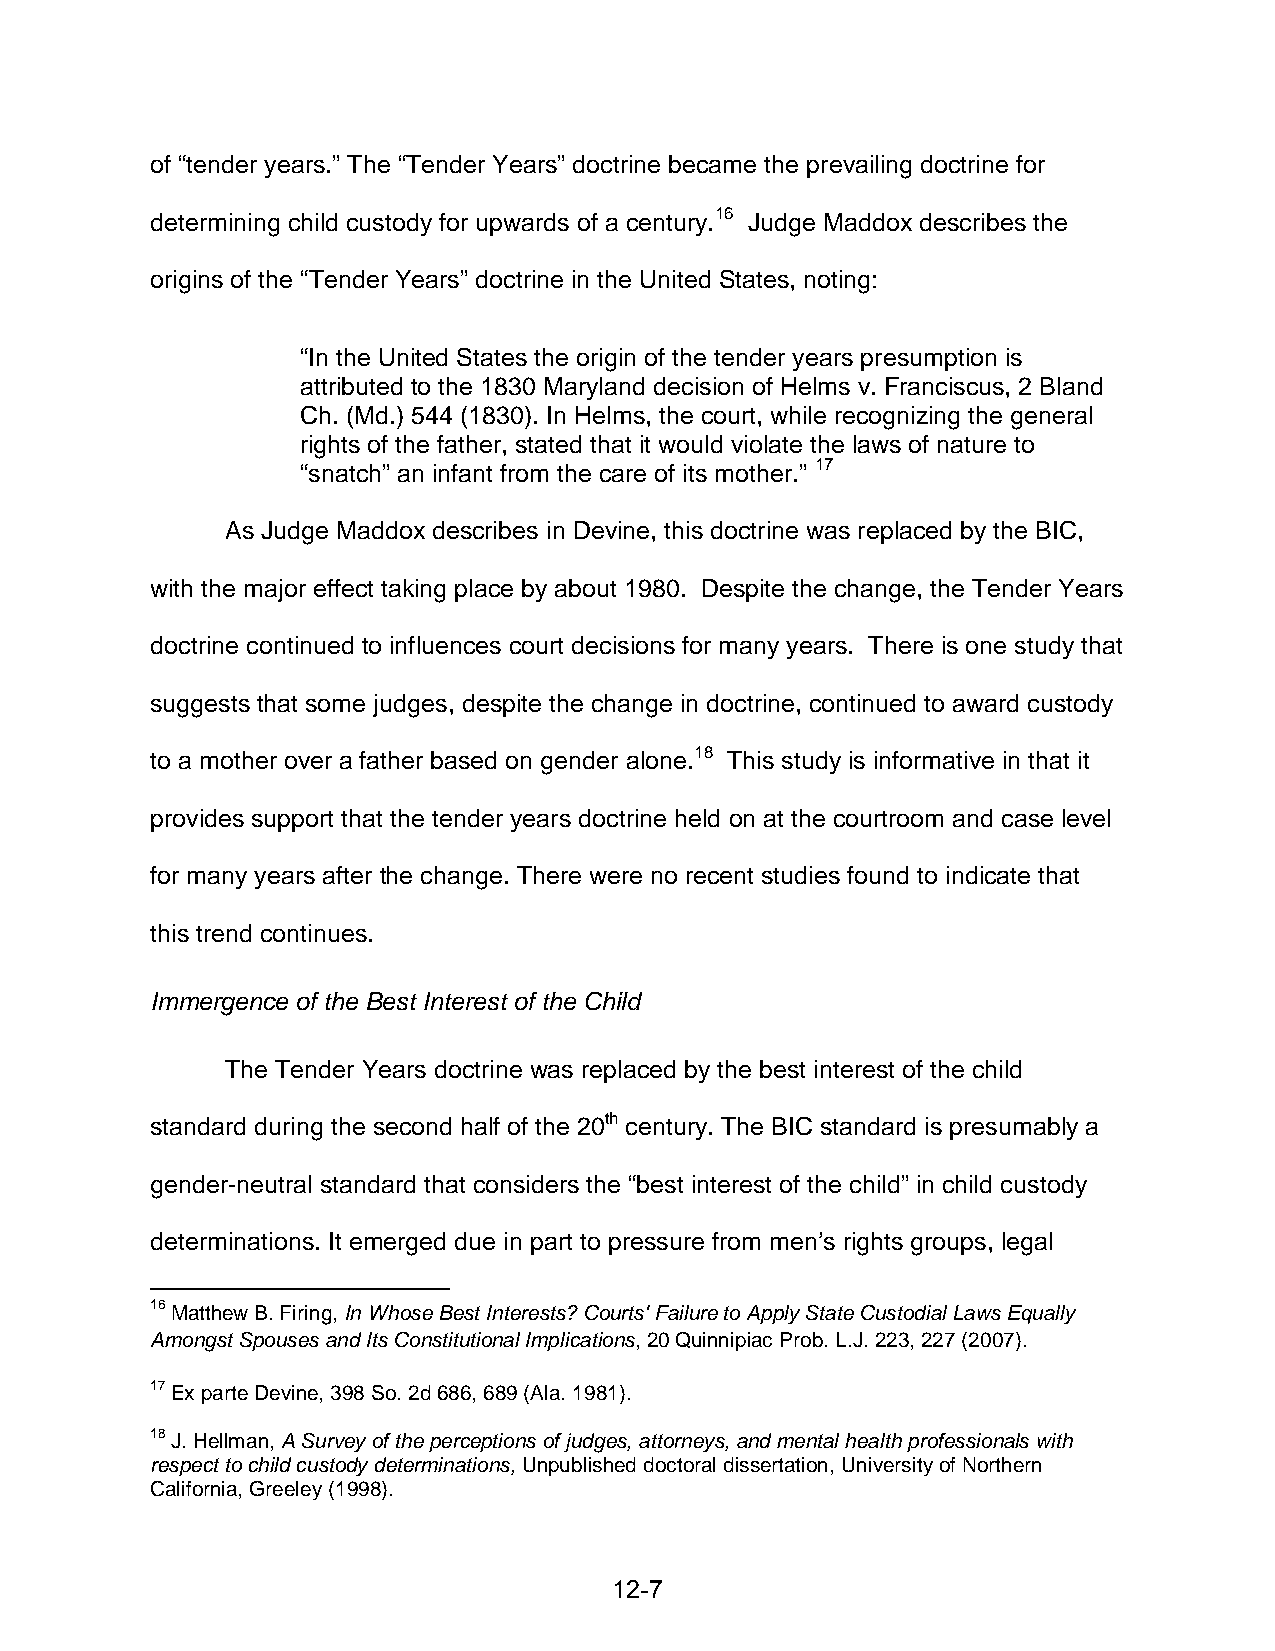
of “tender years.” The “Tender Years” doctrine became the prevailing doctrine for
 determining child custody for upwards of a century.16 Judge Maddox describes the
 origins of the “Tender Years” doctrine in the United States, noting:
 “In the United States the origin of the tender years presumption is
 attributed to the 1830 Maryland decision of Helms v. Franciscus, 2 Bland
 Ch. (Md.) 544 (1830). In Helms, the court, while recognizing the general
 rights of the father, stated that it would violate the laws of nature to
 “snatch” an infant from the care of its mother.” 17
 As Judge Maddox describes in Devine, this doctrine was replaced by the BIC,
 with the major effect taking place by about 1980. Despite the change, the Tender Years
 doctrine continued to influences court decisions for many years. There is one study that
 suggests that some judges, despite the change in doctrine, continued to award custody
 to a mother over a father based on gender alone.18 This study is informative in that it
 provides support that the tender years doctrine held on at the courtroom and case level
 for many years after the change. There were no recent studies found to indicate that
 this trend continues.
 Immergence of the Best Interest of the Child
 The Tender Years doctrine was replaced by the best interest of the child
 standard during the second half of the 20th century. The BIC standard is presumably a
 gender-neutral standard that considers the “best interest of the child” in child custody
 determinations. It emerged due in part to pressure from men’s rights groups, legal
 16 Matthew B. Firing, In Whose Best Interests? Courts' Failure to Apply State Custodial Laws Equally
 Amongst Spouses and Its Constitutional Implications, 20 Quinnipiac Prob. L.J. 223, 227 (2007).
 17 Ex parte Devine, 398 So. 2d 686, 689 (Ala. 1981).
 18 J. Hellman, A Survey of the perceptions of judges, attorneys, and mental health professionals with
 respect to child custody determinations, Unpublished doctoral dissertation, University of Northern
 California, Greeley (1998).
 12-7